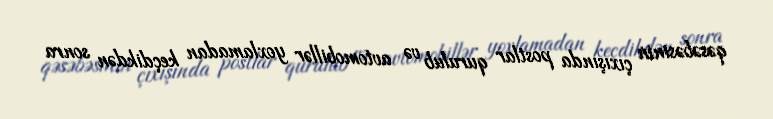
qəsəbəsinin çıxışında postlar qurulub və avtomobillər yoxlamadan keçdikdən sonra